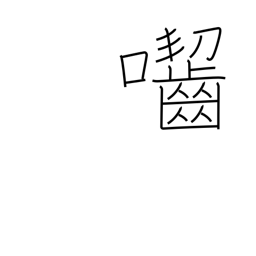
Meaning: gnaw